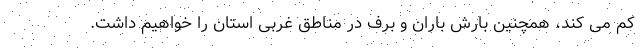
کم می کند، همچنین بارش باران و برف در مناطق غربی استان را خواهیم داشت.